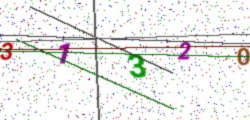
Text: 31320